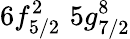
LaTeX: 6f_{5/2}^{2}\, \, 5g_{7/2}^{8}